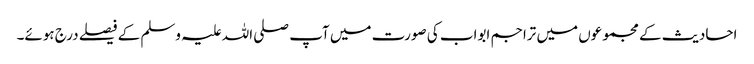
احادیث کے مجموعوں میں تراجم ابواب کی صورت میں آپ صلی اللہ علیہ وسلم کے فیصلے درج ہوئے۔